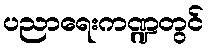
ပညာရေးကဏ္ဍတွင်